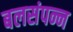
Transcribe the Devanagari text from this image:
बलसंपन्न